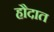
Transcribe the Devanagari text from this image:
हौदात